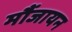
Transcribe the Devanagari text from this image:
मौंजायन